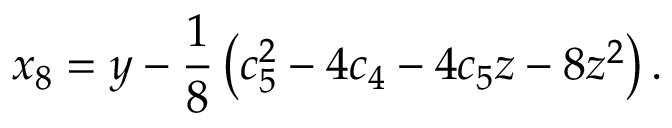
x _ { 8 } = y - \frac { 1 } { 8 } \left( c _ { 5 } ^ { 2 } - 4 c _ { 4 } - 4 c _ { 5 } z - 8 z ^ { 2 } \right) .